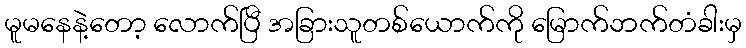
မူမနေနဲ့တော့ လောက်ပြီ အခြားသူတစ်ယောက်ကို မြောက်ဘက်တံခါးမှ